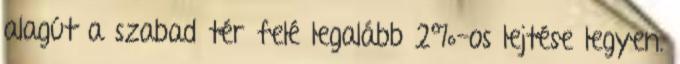
alagút a szabad tér felé legalább 2%-os lejtése legyen.